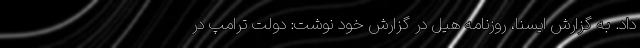
داد. به گزارش ایسنا، روزنامه هیل در گزارش خود نوشت: دولت ترامپ در